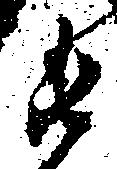
衛